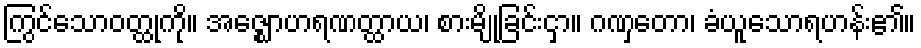
ကြွင်သောဝတ္ထုကို။ အဇ္ဈောဟရဏတ္ထာယ၊ စားမျိုခြင်းငှာ။ ဂဏှတော၊ ခံယူသောရဟန်း၏။